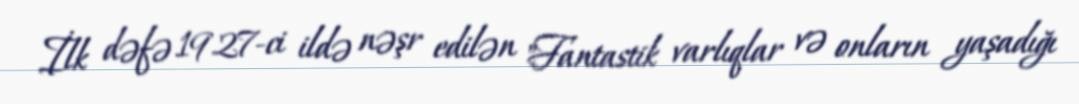
İlk dəfə 1927-ci ildə nəşr edilən "Fantastik varlıqlar və onların yaşadığı